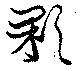
顆